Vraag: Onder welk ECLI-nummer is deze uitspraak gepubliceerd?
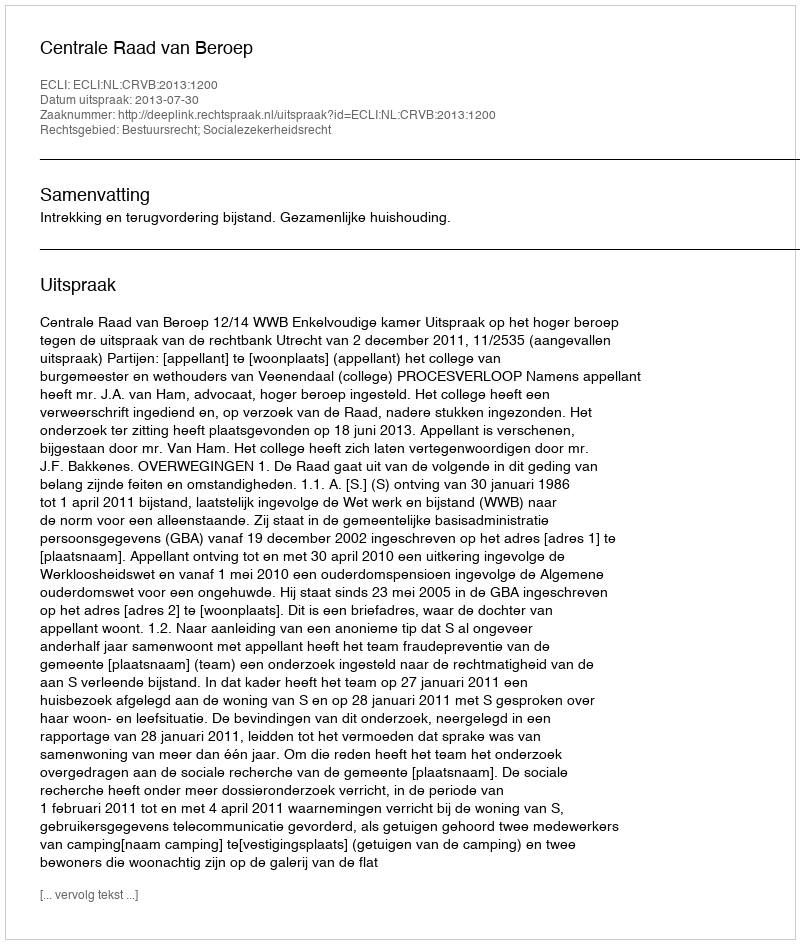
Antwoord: ECLI:NL:CRVB:2013:1200